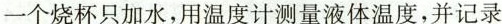
一个烧杯只加水，用温度计测量液体温度，并记录